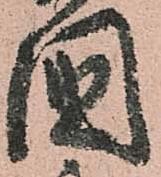
國